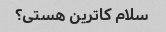
سلام کاترین هستی؟